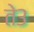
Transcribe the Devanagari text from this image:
ते३